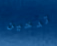
تدخين